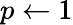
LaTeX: p\gets 1